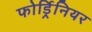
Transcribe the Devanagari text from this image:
फोर्ड्रिनियर